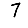
Digit: 7